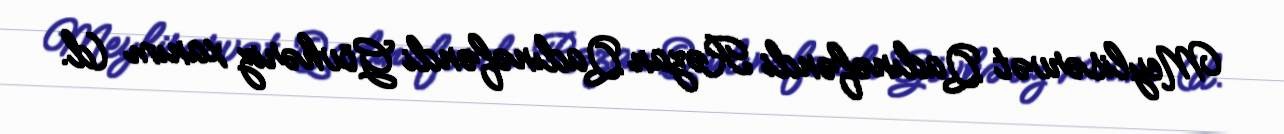
Meylisərvət Qadınəfəndi Rəzan Qadınəfəndi Gövhəriz xanım (d.